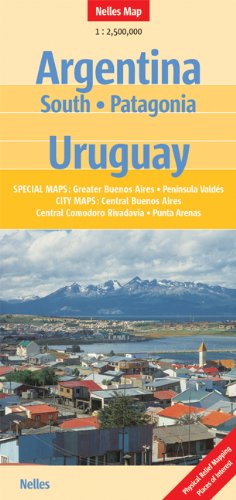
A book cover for Argentina South/Patagonia/Uruguay 1:2,500,000 Nelles 2012***; Nelles Verlag; Travel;